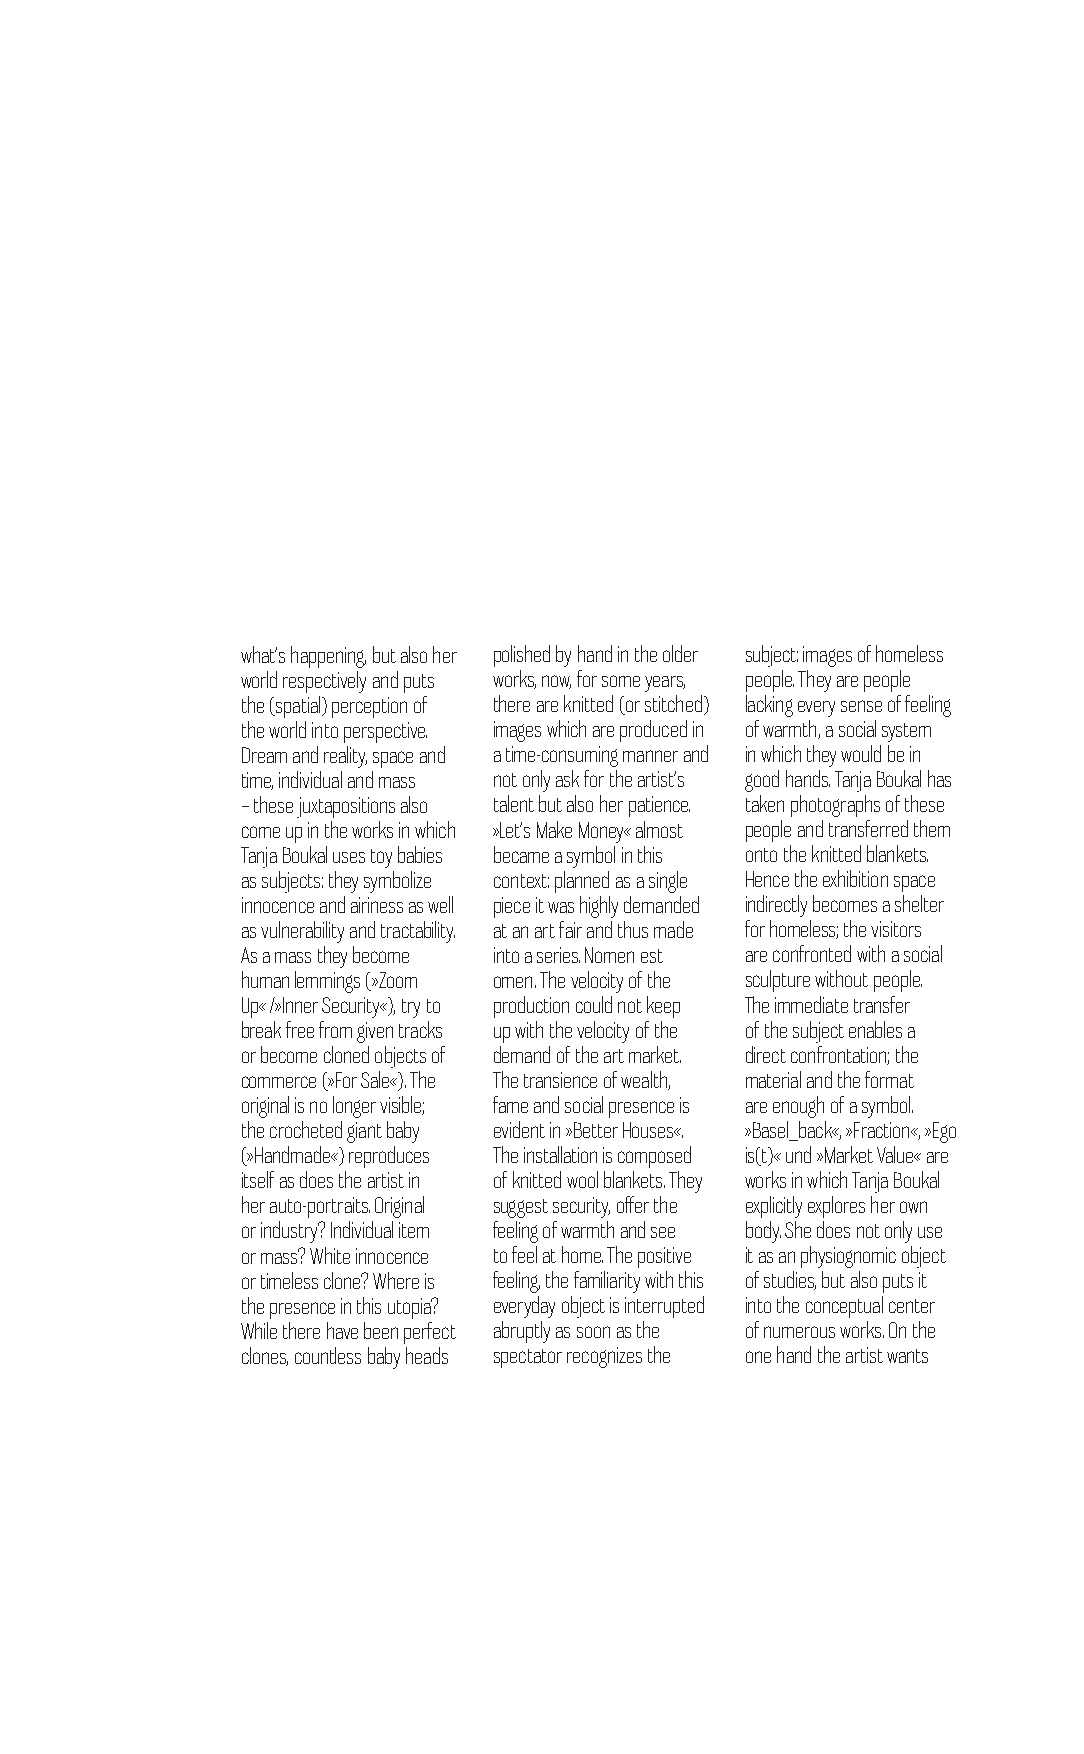
what’s happening, but also her polished by hand in the older subject: images of homeless
 world respectively and puts works, now, for some years, people. They are people
 the (spatial) perception of there are knitted (or stitched) lacking every sense of feeling
 the world into perspective. images which are produced in of warmth, a social system
 Dream and reality, space and a time-consuming manner and in which they would be in
 time, individual and mass not only ask for the artist’s good hands. Tanja Boukal has
 – these juxtapositions also talent but also her patience. taken photographs of these
 come up in the works in which »Let’s Make Money« almost people and transferred them
 Tanja Boukal uses toy babies became a symbol in this onto the knitted blankets.
 as subjects: they symbolize context: planned as a single Hence the exhibition space
 innocence and airiness as well piece it was highly demanded indirectly becomes a shelter
 as vulnerability and tractability. at an art fair and thus made for homeless; the visitors
 As a mass they become into a series. Nomen est are confronted with a social
 human lemmings (»Zoom omen. The velocity of the sculpture without people.
 Up« /»Inner Security«), try to production could not keep The immediate transfer
 break free from given tracks up with the velocity of the of the subject enables a
 or become cloned objects of demand of the art market. direct confrontation; the
 commerce (»For Sale«). The The transience of wealth, material and the format
 original is no longer visible; fame and social presence is are enough of a symbol.
 the crocheted giant baby evident in »Better Houses«. »Basel_back«, »Fraction«, »Ego
 (»Handmade«) reproduces The installation is composed is(t)« und »Market Value« are
 itself as does the artist in of knitted wool blankets. They works in which Tanja Boukal
 her auto-portraits. Original suggest security, offer the explicitly explores her own
 or industry? Individual item feeling of warmth and see body. She does not only use
 or mass? White innocence to feel at home. The positive it as an physiognomic object
 or timeless clone? Where is feeling, the familiarity with this of studies, but also puts it
 the presence in this utopia? everyday object is interrupted into the conceptual center
 While there have been perfect abruptly as soon as the of numerous works. On the
 clones, countless baby heads spectator recognizes the one hand the artist wants